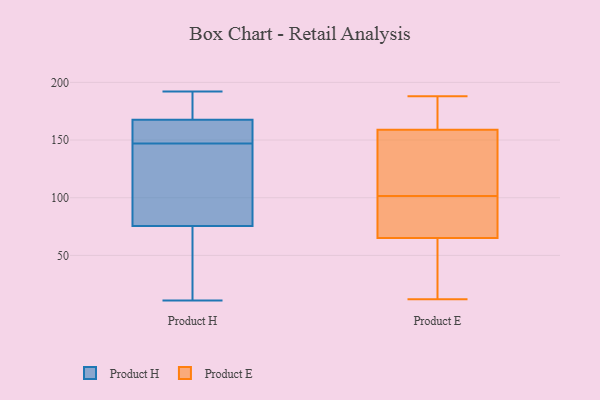
{"axis": {"x": "Inventory Turnover", "y": "Value"}, "legend": ["Product E", "Product H"], "data": [{"x": "", "y": 137, "type": "Product H"}, {"x": "", "y": 153, "type": "Product H"}, {"x": "", "y": 127, "type": "Product H"}, {"x": "", "y": 170, "type": "Product H"}, {"x": "", "y": 192, "type": "Product H"}, {"x": "", "y": 77, "type": "Product H"}, {"x": "", "y": 175, "type": "Product H"}, {"x": "", "y": 11, "type": "Product H"}, {"x": "", "y": 160, "type": "Product H"}, {"x": "", "y": 154, "type": "Product H"}, {"x": "", "y": 75, "type": "Product H"}, {"x": "", "y": 147, "type": "Product H"}, {"x": "", "y": 183, "type": "Product H"}, {"x": "", "y": 43, "type": "Product H"}, {"x": "", "y": 70, "type": "Product H"}, {"x": "", "y": 125, "type": "Product E"}, {"x": "", "y": 159, "type": "Product E"}, {"x": "", "y": 188, "type": "Product E"}, {"x": "", "y": 47, "type": "Product E"}, {"x": "", "y": 114, "type": "Product E"}, {"x": "", "y": 65, "type": "Product E"}, {"x": "", "y": 71, "type": "Product E"}, {"x": "", "y": 12, "type": "Product E"}, {"x": "", "y": 89, "type": "Product E"}, {"x": "", "y": 180, "type": "Product E"}]}